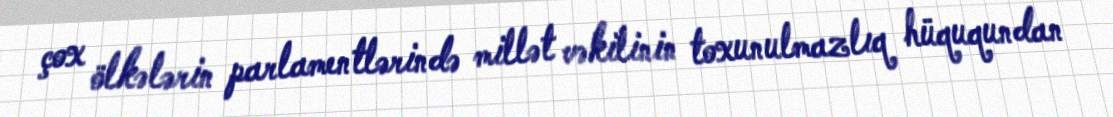
çox ölkələrin parlamentlərində millət vəkilinin toxunulmazlıq hüququndan